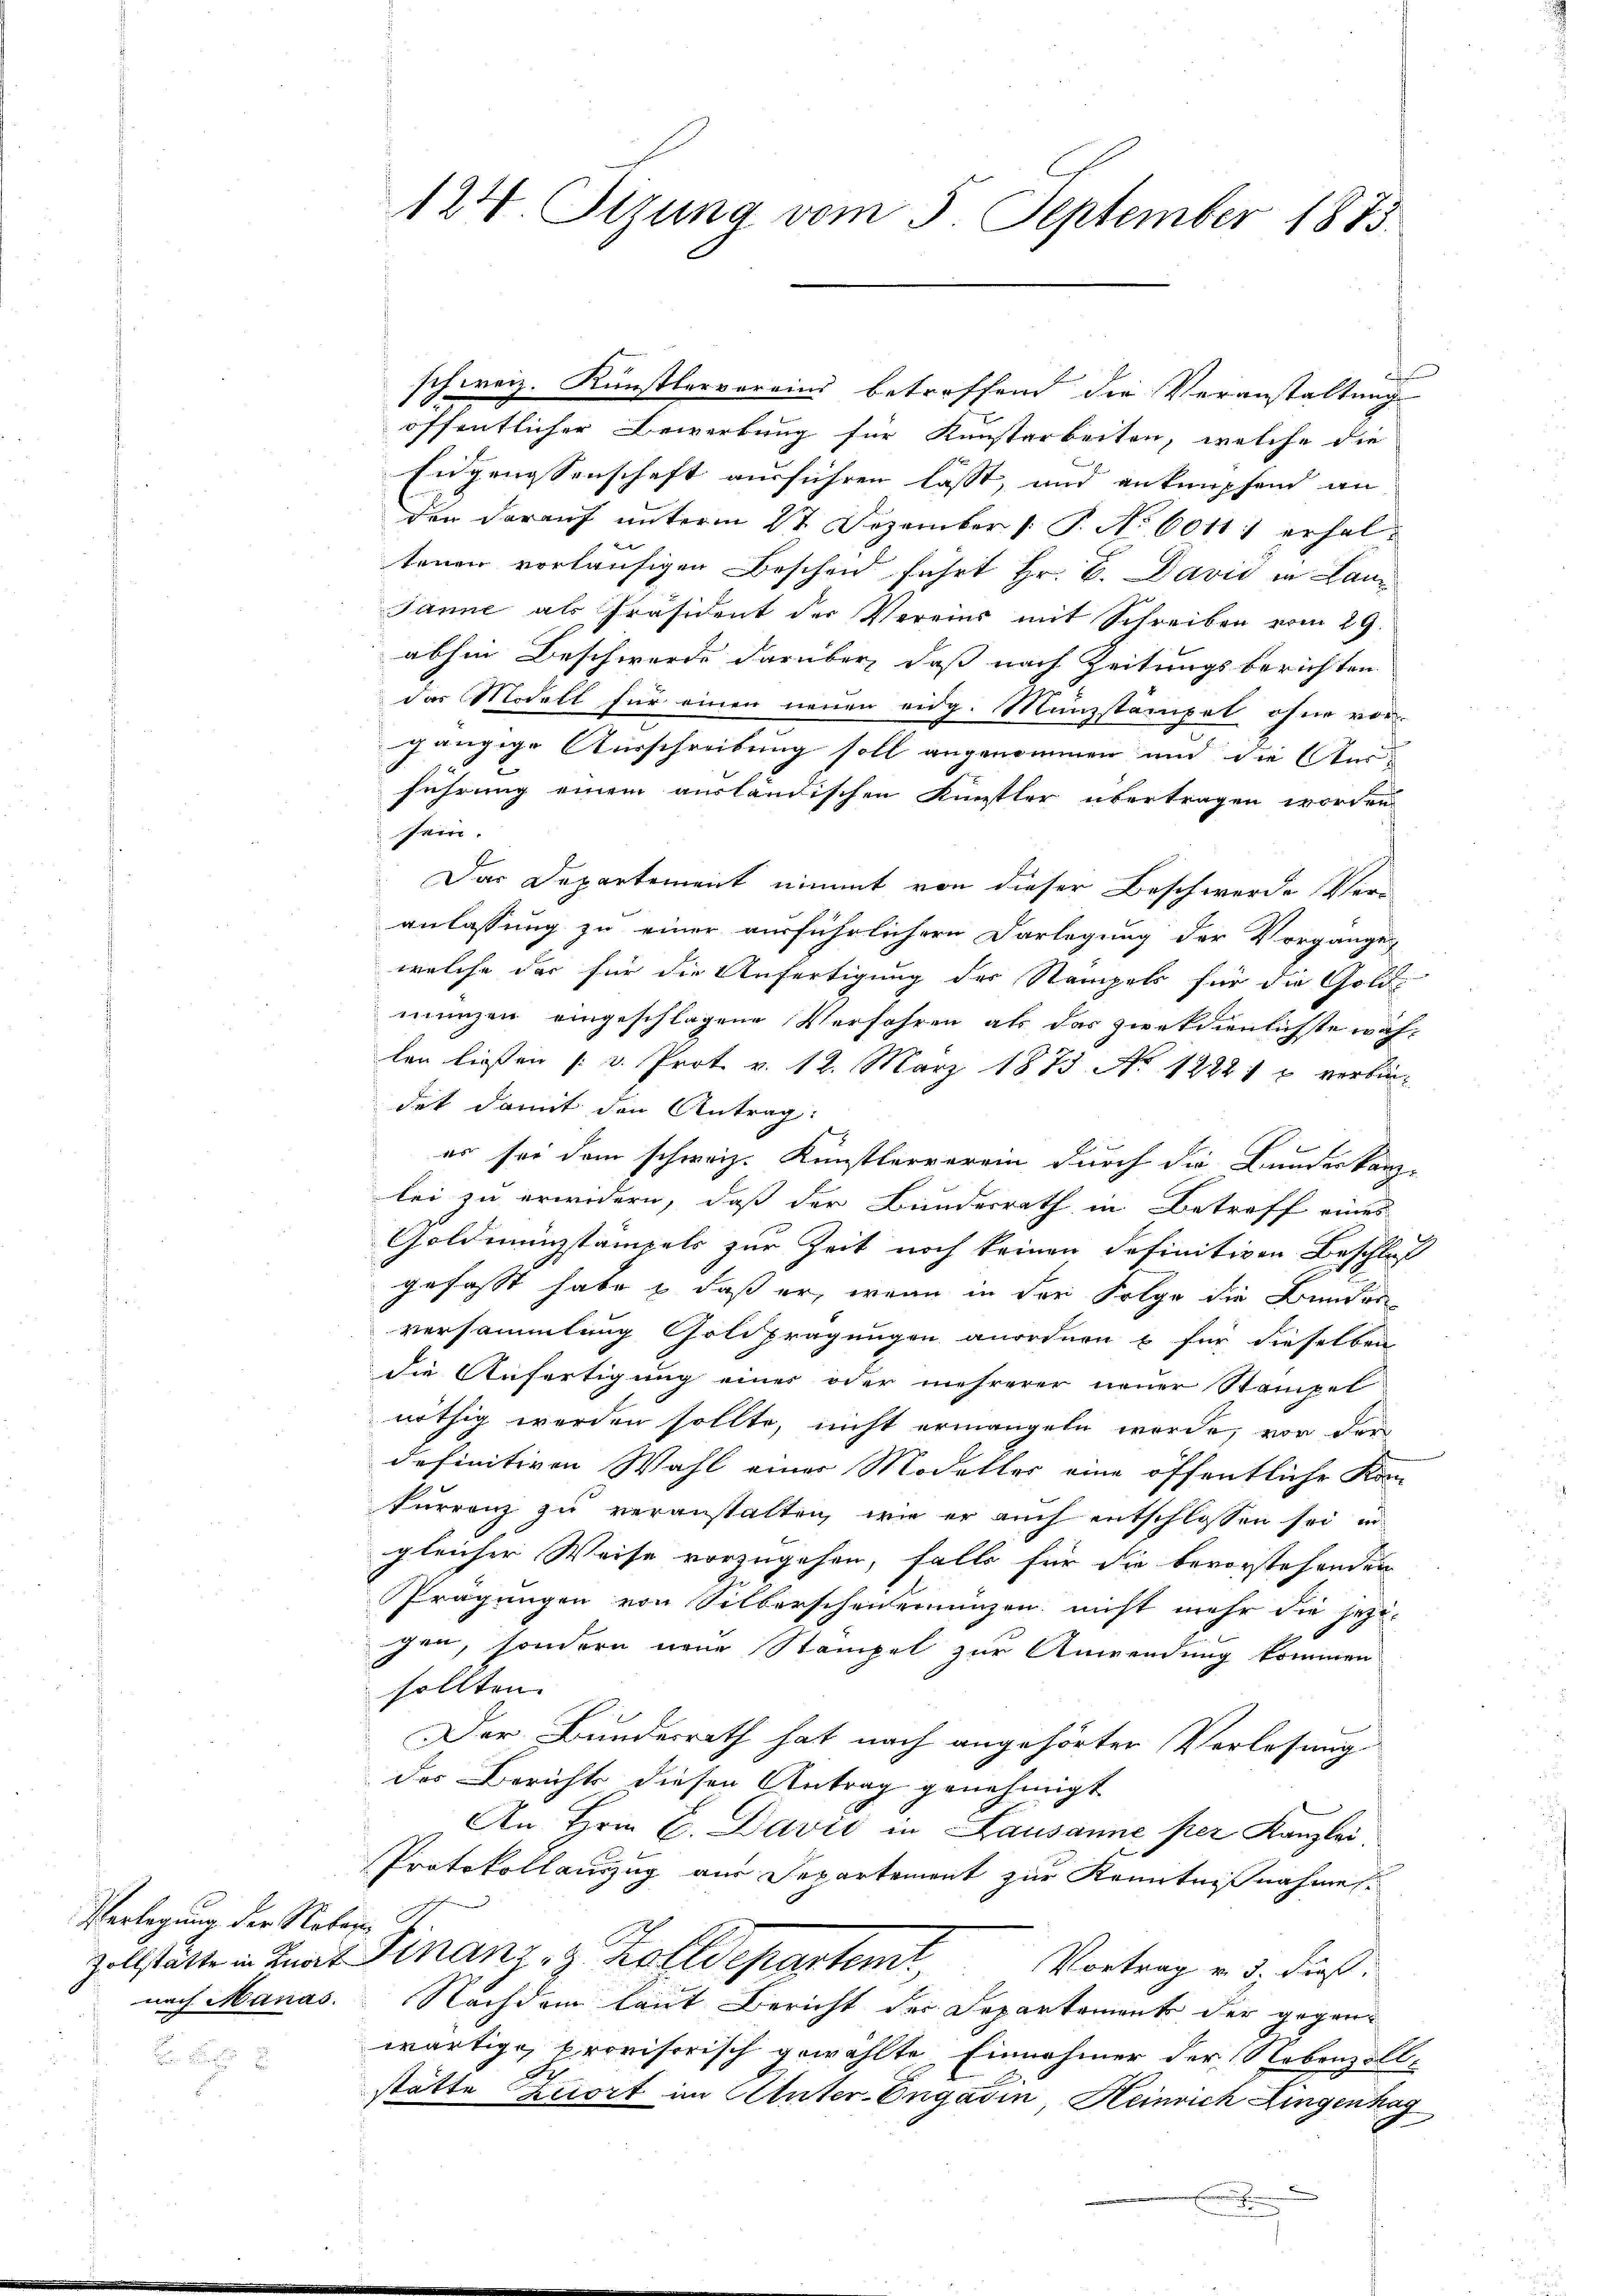
Verlegung der Notare St.
nach Manas.

schweiz. Künstlervereins betreffend die Veranstaltung
öffentlicher Bewerbung für Kunstarbeiten, welche die
Eidgenossenschaft ausführen lässt, und anknüpfend an
Der darauf unterm 27 Dezember [ P. No 60111 erhaltenen vorläufigen Bescheid führt Hr. C. David in Lan
Janne als Präsident der Vereins mit Schreiben vom 29.
abhin Beschwerde darüber, daß nach Zeitungsberichten
das Modell für einen neuen eidg. Münzstämpel ohne vor-
gängige Ausschreibung soll angenommen und die Ausführung einem ausländischen Künstler übertragen worden
sein.
Das Departement nimmt von dieser Beschwerde Ver
anlassung zu einer ausführlichern Darlegung der Vorgange
welche das für die Anfertigung der Stampels für die Gold
munzen eingeschlagene Verfahren als das ziekdienlichste wäh-
len liessen ( v. Prot v. 12. März 1873 No 12221 p. verbin-
det damit den Antrag:
er sei dem schweiz. Künstlerverein durch die Bundeskanz-
lei zu erwidern, daß der Bundesrath in Betreff eines
Goldmünzstämpels zur Zeit noch keinen definitiven Beschluß
gefasst habe & daß er, wenn in der Folge die Bunder
versammlung Goldprägungen anordnen & für dieselben
die Anfertigung einer oder mehrerer neuer Stampel
nöthig werden sollte, nicht ermangeln werde, von der
definitiven Wahl einer Modeller eine öffentliche Kom
Furrenz zu veranstalten, wie er auch entschlossen sei, in
gleicher Weise vorzugehen, falls für die bevorstehenden
Prägungen von Silberscheneinanzen nicht mehr die jezigen, sondern neue Stampel zur Anwendung kommen
sollten.
Der Bundesrath hat nach angehörter Verlosung
des Berichts diesen Antrag genehmigt
An Hrn. C. David in Lausanne per Kanzlei
Protokollauszug aus Departement zur Kenntnißnahmen.
Zollstätte in Knat Finanz- & Zolldepartem
Vortrag v. 3. Frost.
Nachdem laut Bericht der Departement der gegenwärtige provisorisch gewählte Einnahmer der Nebenzoll¬
A
stätte Zurort im Unter-Engadin, Heinrich Lingenhag

124. Sizung vom 5. September 1883